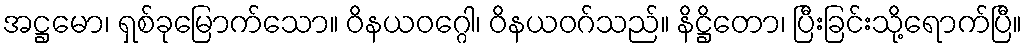
အဋ္ဌမော၊ ရှစ်ခုမြောက်သော။ ဝိနယဝဂ္ဂေါ၊ ဝိနယဝဂ်သည်။ နိဋ္ဌိတော၊ ပြီးခြင်းသို့ရောက်ပြီ။